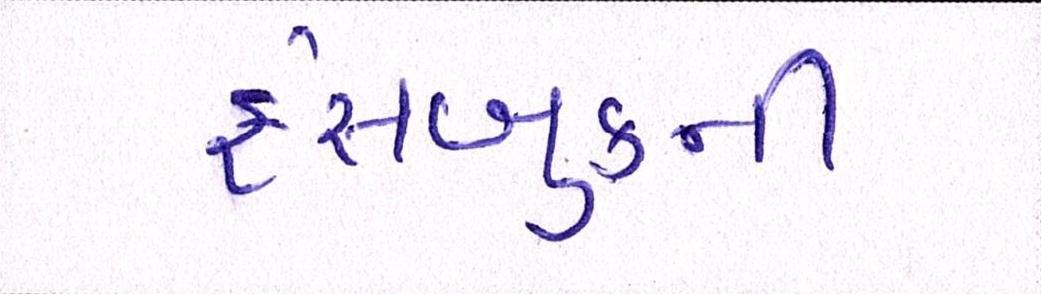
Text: ફેસબુકની